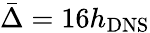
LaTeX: \bar{\Delta}=16h_{\mathrm{{DNS}}}